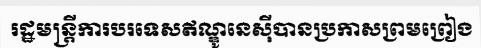
រដ្ឋមន្ត្រីការបរទេសឥណ្ឌូនេស៊ីបានប្រកាសព្រមព្រៀង